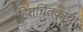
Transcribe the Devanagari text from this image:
हितचिंतकांचा